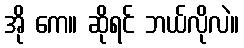
အို ကေ။ ဆိုရင် ဘယ်လိုလဲ။